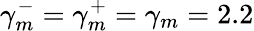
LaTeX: \gamma_{m}^{-}=\gamma_{m}^{+}=\gamma_{m}=2.2